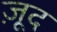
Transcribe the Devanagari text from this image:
ज़ूद